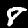
Digit: 8